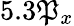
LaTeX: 5.3\mathfrak{P}_{x}